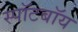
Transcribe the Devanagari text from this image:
स्पॉटबॉय